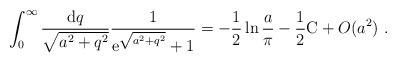
LaTeX: \begin{align*}\int_0^{\infty} \frac{{\rm d}q}{\sqrt{a^2+q^2}}\frac{1}{{\rm e}^{\sqrt{a^2+q^2}}+1} = -\frac{1}{2}\ln \frac{a}{\pi}-\frac{1}{2} {\rm C}+ O(a^2) \ .\end{align*}